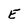
Character: E